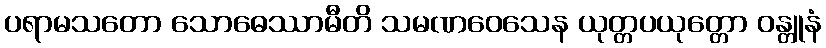
ပရာမသတော သောဓေဿာမီတိ သမဏဝေသေန ယုတ္တပယုတ္တော ဝန္တူနံ